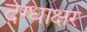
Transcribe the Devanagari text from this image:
दग्धाक्षर